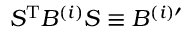
S ^ { \mathrm { T } } B ^ { ( i ) } S \equiv B ^ { ( i ) \prime }